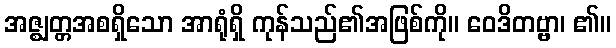
အဇ္ဈတ္တအစရှိသော အာရုံရှိ ကုန်သည်၏အဖြစ်ကို။ ဝေဒိတဗ္ဗာ၊ ၏။